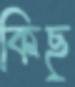
কিছু